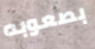
بصعوبه